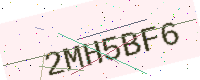
Text: 2MH5BF6